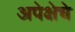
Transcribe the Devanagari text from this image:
अपेक्षेचे